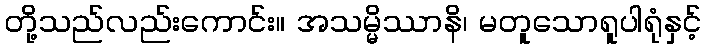
တို့သည်လည်းကောင်း။ အသမ္မိဿာနိ၊ မတူသောရူပါရုံနှင့်